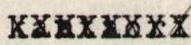
XXXXXXXX